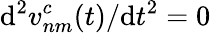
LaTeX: {\mathrm{d}^{2}}v_{nm}^{c}(t)/{\mathrm{d}t^{2}}=0